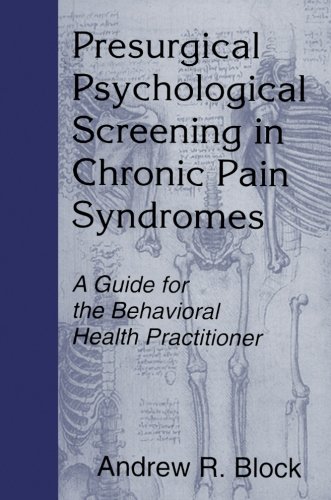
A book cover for Presurgical Psychological Screening in Chronic Pain Syndromes: A Guide for the Behavioral Health Practitioner; Andrew R. Block; Medical Books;